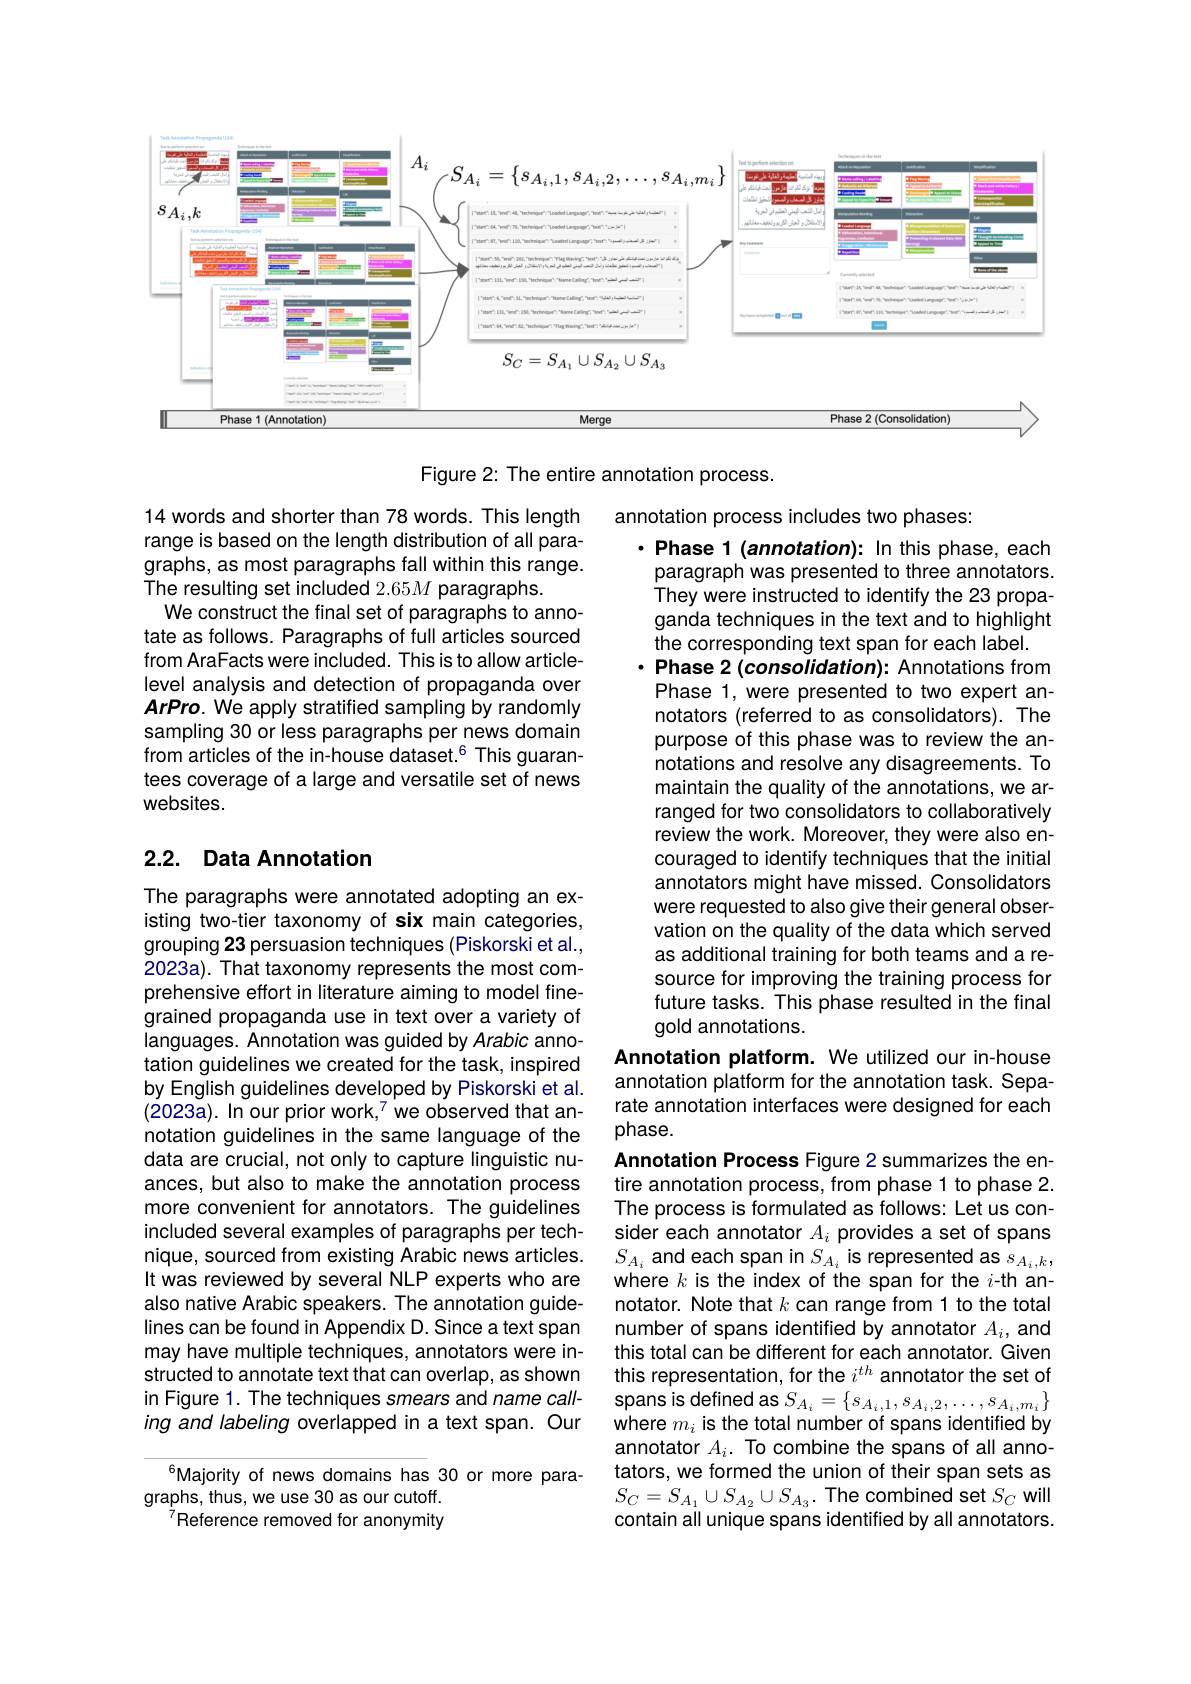
<FigureHere>

Figure 2: The entire annotation process.

14 words and shorter than 78 words. This length range is based on the length distribution of all paragraphs, as most paragraphs fall within this range. The resulting set included 2.65M paragraphs.
We construct the final set of paragraphs to annotate as follows. Paragraphs of full articles sourced from AraFacts were included. This is to allow articlelevel analysis and detection of propaganda over ArPro. We apply stratified sampling by randomly sampling 30 or less paragraphs per news domain from articles of the in-house dataset.$^{6}$ This guarantees coverage of a large and versatile set of news websites.

annotation process includes two phases:
$\cdot$ Phase 1 (annotation): In this phase, each
paragraph was presented to three annotators. They were instructed to identify the 23 propaganda techniques in the text and to highlight the corresponding text span for each label.
Phase 2 (consolidation): Annotations from Phase 1, were presented to two expert annotators (referred to as consolidators). The purpose of this phase was to review the annotations and resolve any disagreements. To maintain the quality of the annotations, we arranged for two consolidators to collaboratively review the work. Moreover, they were also encouraged to identify techniques that the initial annotators might have missed. Consolidators were requested to also give their general observation on the quality of the data which served as additional training for both teams and a resource for improving the training process for future tasks. This phase resulted in the final gold annotations.
Annotation platform. We utilized our in-house

## 2.2. Data Annotation

annotation platform for the annotation task. Separate annotation interfaces were designed for each phase.

The paragraphs were annotated adopting an existing two-tier taxonomy of six main categories, grouping 23 persuasion techniques (Piskorski et al., 2023a). That taxonomy represents the most comprehensive effort in literature aiming to model finegrained propaganda use in text over a variety of languages. Annotation was guided by Arabic annotation guidelines we created for the task, inspired by English guidelines developed by Piskorski et al. $(2023a).$ In our prior work,$^7$ we observed that annotation guidelines in the same language of the data are crucial, not only to capture linguistic nuances, but also to make the annotation process more convenient for annotators. The guidelines included several examples of paragraphs per technique, sourced from existing Arabic news articles. It was reviewed by several NLP experts who are also native Arabic speakers. The annotation guidelines can be found in Appendix D. Since a text span may have multiple techniques, annotators were instructed to annotate text that can overlap, as shown in Figure 1. The techniques smears and name calling and labeling overlapped in a text span. Our

Annotation Process Figure 2 summarizes the entire annotation process, from phase 1 to phase 2. The process is formulated as follows: Let us consider each annotator $A_i$ provides a set of spans $S_{A_i}$ and each span in $S_{A_i}$ is represented as $s_{A_i,k}$, where $k$ is the index of the span for the $i$-th annotator. Note that $k$ can range from 1 to the total number of spans identified by annotator $A_i$, and this total can be different for each annotator. Given this representation, for the $i^{th}$ annotator the set of spans is defined as $S_{A_i}=\{s_{A_i,1},s_{A_i,2},\ldots,s_{A_i,m_i}\}$ where $m_i$ is the total number of spans identified by annotator $A_i.$ To combine the spans of all annotators, we formed the union of their span sets as $S_{C}=S_{A_{1}}\cup S_{A_{2}}\cup S_{A_{3}}.$ The combined set $S_C$ will contain all unique spans identified by all annotators.

Majority of news domains has 30 or more para-
graphs, thus, we use 30 as our cutoff.
$^{\bar7}$Reference removed for anonymity